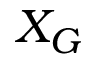
X _ { G }